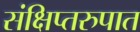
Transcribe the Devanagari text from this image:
संक्षिप्तरुपात